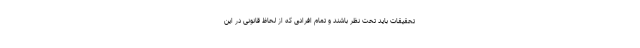
تحقیقات باید تحت نظر باشند و تمام افرادی که از لحاظ قانونی در این